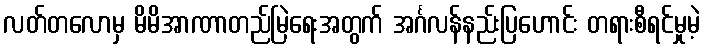
လတ်တလောမှ မိမိအာဏာတည်မြဲရေးအတွက် အင်္ဂလန်နည်းပြဟောင်း တရားစီရင်မှုမဲ့